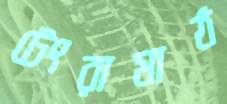
টেংরামাঠ